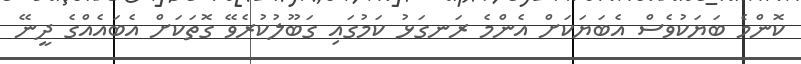
ކޮންމެ ބަޔަކުވެސް އެބަޔަކަށް އެންމެ ރަނގަޅު ކަމުގައި ގަބޫލުކުރެވޭ ގޮތަކަށް އެބައެއްގެ ދީނޭ